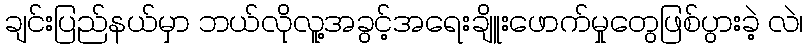
ချင်းပြည်နယ်မှာ ဘယ်လိုလူ့အခွင့်အရေးချိူးဖောက်မှုတွေဖြစ်ပွားခဲ့ လဲ၊